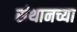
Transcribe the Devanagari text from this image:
संथानच्या